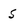
Character: s